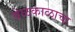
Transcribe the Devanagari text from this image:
वेळकाळाचा